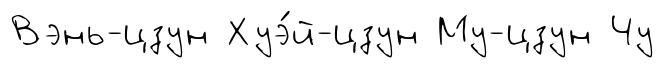
Вэнь-цзун Хуэ́й-цзун Му-цзун Чу